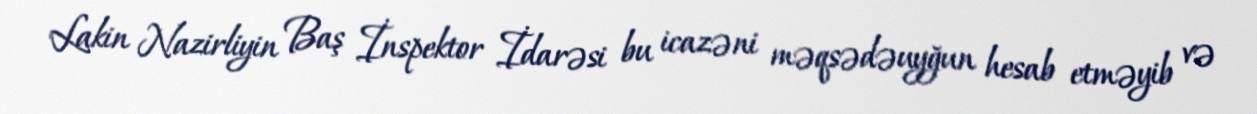
Lakin Nazirliyin Baş İnspektor İdarəsi bu icazəni məqsədəuyğun hesab etməyib və